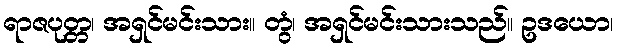
ရာဇပုတ္တ၊ အရှင်မင်းသား။ တွံ၊ အရှင်မင်းသားသည်။ ဥဒယော၊